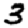
Digit: 3